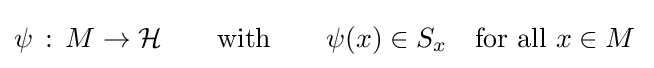
\psi {\,}:{\,}M\rightarrow {\mathcal {H}}\qquad {\text{with}}\qquad \psi (x)\in S_{x}\quad {\text{for all }}x\in M{\,}